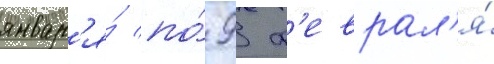
январ'я́ по́ 9 ф'еврал'я́